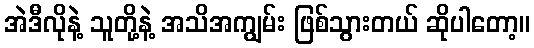
အဲဒီလိုနဲ့ သူတို့နဲ့ အသိအကျွမ်း ဖြစ်သွားတယ် ဆိုပါတော့။